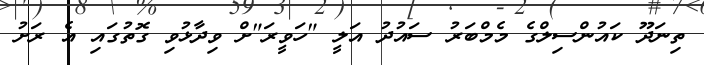
ތިނަދޫ ކައުންސިލްގެ މެމްބަރު ސައުދު އަލީ "ހަވީރަ"ށް ވިދާޅުވި ގޮތުގައި އެ ރަށު